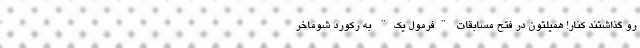
رو گذاشتند کنار! همیلتون در فتح مسابقات "فرمول یک" به رکورد شوماخر